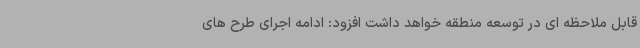
قابل ملاحظه ای در توسعه منطقه خواهد داشت افزود: ادامه اجرای طرح های